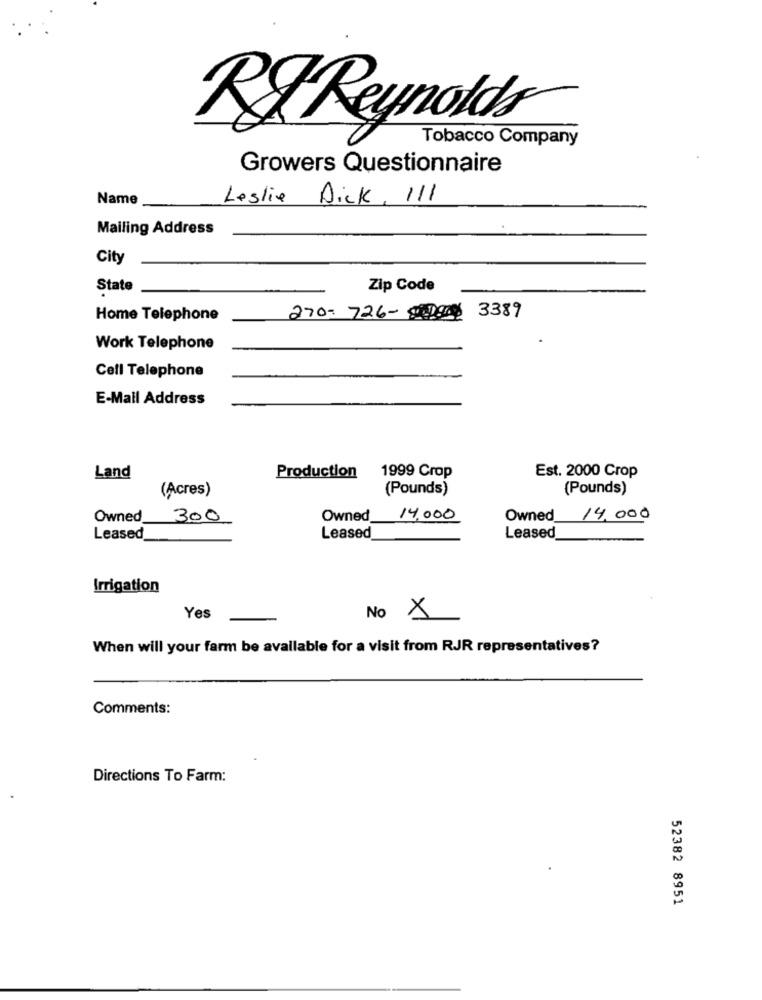
RIReynolds
Tobacco Company
Growers Questionnaire
Name
Leslie Dick , 111
Mailing Address
City
State
Zip Code
Home Telephone
270- 726 3389
Work Telephone
Cell Telephone
E-Mail Address
Land
Production
1999 Crop
Est. 2000 Crop
(Acres)
(Pounds)
(Pounds)
Owned 300
Owned 14.000
Owned
14,000
Leased
Leased
Leased
Irrigation
Yes
No A
When will your farm be available for a visit from RJR representatives?
Comments:
Directions To Farm:
52382 8951